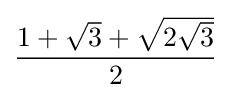
{\frac {1+{\sqrt {3}}+{\sqrt {2{\sqrt {3}}}}}{2}}